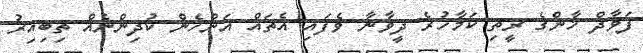
ފަވާދް ޚާންގެ ރީތި ކަމާހުރެ ދީވާނާ ވެފައި އެތައް އަންހެން ކުދިންނެއް ތިބިއިރު